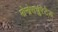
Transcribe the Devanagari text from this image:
मोनोसचुरेटेड